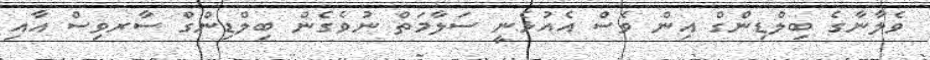
ވެލާނާގެ ބިލްޑިންގް އިން ވެސް އެއުޅެނީ ސަލާމަތް ނުވެގެން ބިލްޑިންގް ސާރވިސް އާއި